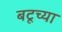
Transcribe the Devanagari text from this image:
बटूच्या